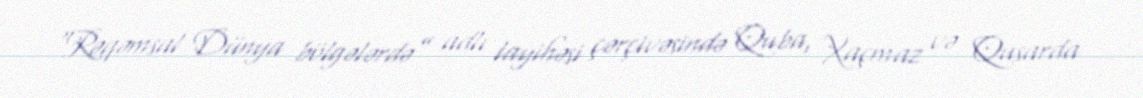
“Rəqəmsal Dünya bölgələrdə” adlı layihəsi çərçivəsində Quba, Xaçmaz və Qusarda